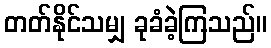
တတ်နိုင်သမျှ ခုခံခဲ့ကြသည်။